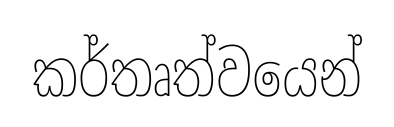
කර්තෘත්වයෙන්